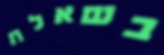
בשאלת